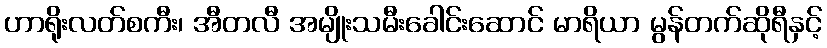
ဟာရိုးလတ်စကီး၊ အီတလီ အမျိုးသမီးခေါင်းဆောင် မာရိယာ မွန်တက်ဆိုရီနှင့်